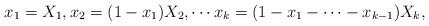
LaTeX: \begin{align*} x_1=X_1, x_2 = (1-x_1)X_2, \cdots x_k = (1-x_1-\cdots-x_{k-1})X_k,\end{align*}